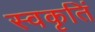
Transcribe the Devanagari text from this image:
स्वकृतिं